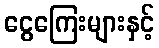
ငွေကြေးများနှင့်